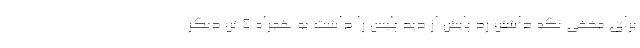
برای مخفی نگه داشتن رد پایش از دید پلیس را داشت به همراه ۴ تن دیگر